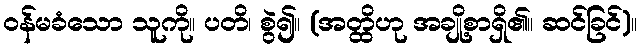
ဝန်မခံသော သူကို။ ပတိ၊ စွဲ၍။ (အတ္ထိဟု အချို့စာရှိ၏။ ဆင်ခြင်)။